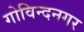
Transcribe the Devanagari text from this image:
गोविन्‍दनगर